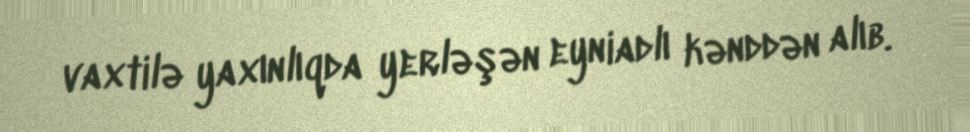
vaxtilə yaxınlıqda yerləşən eyniadlı kənddən alıb.